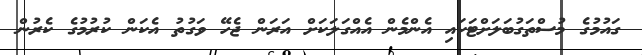
ގައުމުގެ މުސްތަގުބަލަށްޓަކައި އެންމެން އެއްގަލަކަށް އަރަން ޖެހޭ ވަގުތު އެކަން ކުރުމުގެ ކެރުން